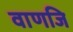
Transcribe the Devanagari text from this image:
वाणजि